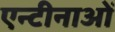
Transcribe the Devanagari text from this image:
एन्टीनाओं